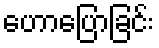
ဟောပြောခြင်း